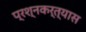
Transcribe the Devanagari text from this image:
प्रश्नकर्त्यास